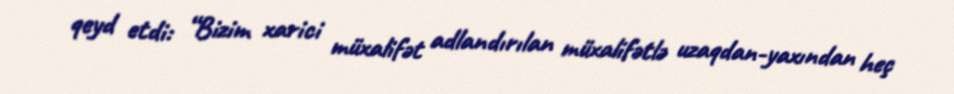
qeyd etdi: “Bizim xarici müxalifət adlandırılan müxalifətlə uzaqdan-yaxından heç